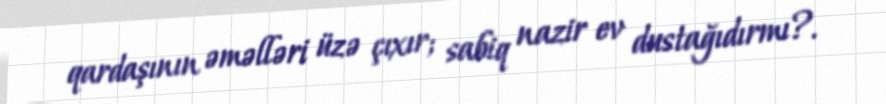
qardaşının əməlləri üzə çıxır; sabiq nazir ev dustağıdırmı?.